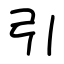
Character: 引